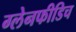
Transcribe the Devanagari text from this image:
ग्लेनफीडिच